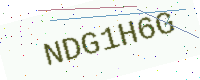
Text: NDG1H6G